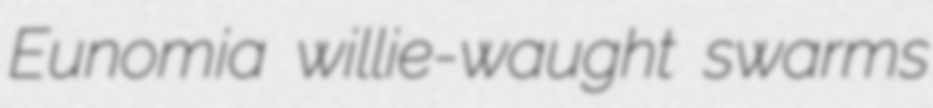
Eunomia willie-waught swarms